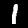
Digit: 1